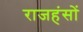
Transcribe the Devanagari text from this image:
राजहंसों